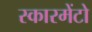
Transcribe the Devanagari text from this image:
स्कारमेंटो